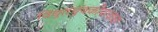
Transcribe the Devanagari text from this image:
विद्युतचुंबकीयत्वाचा